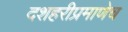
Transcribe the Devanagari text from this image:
दशहरीप्रमाणेच